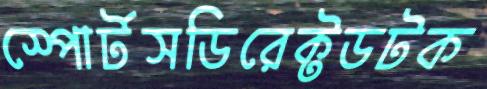
স্পোর্টসডিরেক্টডটক